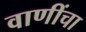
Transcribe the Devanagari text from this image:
वाणींचा